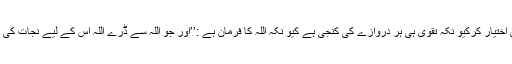
اگر تو یہ چاہتا ہے کہ تیرے سامنے کوئی دروازہ بند نہ رہے پس تو تقویٰ اختیار کرکیو نکہ تقویٰ ہی ہر دروازے کی کنجی ہے کیو نکہ اللہ کا فرمان ہے :’’اور جو اللہ سے ڈرے اللہ اس کے لیے نجات کی راہ نکال دے گا اور اسے وہاں سے روزی دے گا جہاں اس کا گمان نہ ہو۔